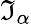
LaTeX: \mathfrak{I}_{\alpha}